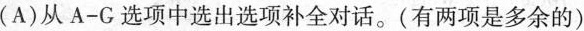
(A)从A-G选项中选出选项补全对话.(有两项是多余的)